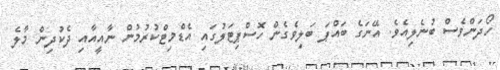
ހޯދަންވެސް ބުނެލިއެވެ. އޭނަގެ ބައްޕަ ބަލިވެގެން ހޮސްޕިޓަލުގައި އެޑްމިޓްކުރުމުން ނާއީއާއި ދެކުދިން މާލެ